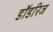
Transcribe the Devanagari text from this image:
डॉडरिज